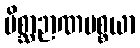
မိစ္ဆာဉာဏပစ္စယာ